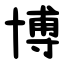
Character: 博